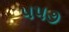
૫૫૭